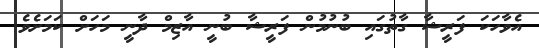
އެވާހަކަ ފަރީޝާ ގާތުގައި ބުނުމުން ފަރީޝާ ބުނީ އާޒިމް ދާނީ މަހަށް ކަމަށެވެ.